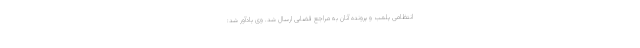
انتظامی پلمب و پرونده آنان به مراجع قضایی ارسال شد. وی یادآور شد: